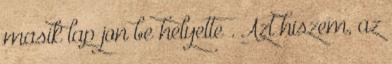
masik lap jon be helyette . Azt hiszem, az